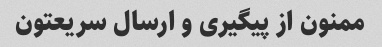
ممنون از پیگیری و ارسال سریعتون